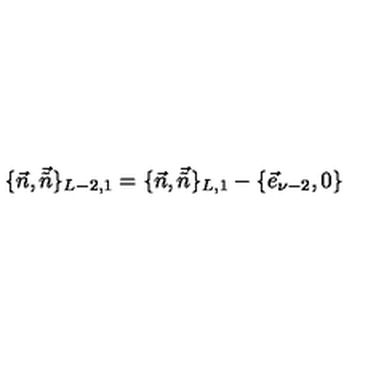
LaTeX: \{ \vec { n } , \vec { \tilde { n } } \} _ { L - 2 , 1 } = \{ \vec { n } , \vec { \tilde { n } } \} _ { L , 1 } - \{ \vec { e } _ { \nu - 2 } , 0 \}